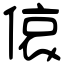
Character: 偯